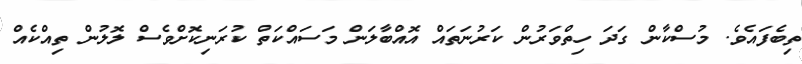
ތިބެފައެވެ. މުސްކާން ގަދަ ހިތްވަރުން ކަރުނަތައް އޮއްބާލަން މަސައްކަތް ކުރަނިކޮށްވެސް ލޮލުން ތިއްކެއް